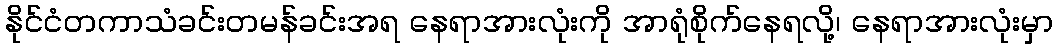
နိုင်ငံတကာသံခင်းတမန်ခင်းအရ နေရာအားလုံးကို အာရုံစိုက်နေရလို့၊ နေရာအားလုံးမှာ